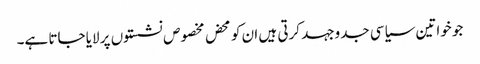
جو خواتین سیاسی جدوجہد کرتی ہیں ان کو محض مخصوص نشستوں پر لایا جاتا ہے۔